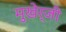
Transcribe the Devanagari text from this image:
मुखेर्जी